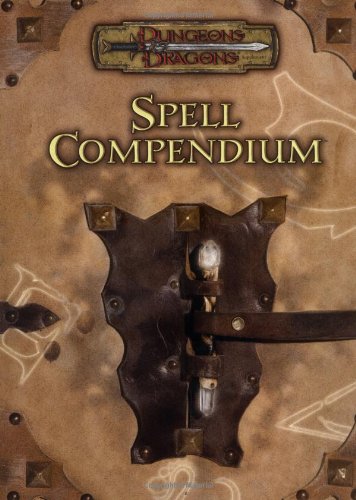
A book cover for Spell Compendium (Dungeons & Dragons d20 3.5 Fantasy Roleplaying); Matthew Sernett; Science Fiction & Fantasy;